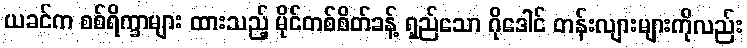
ယခင်က စစ်ရိက္ခာများ ထားသည့် မိုင်တစ်စိတ်ခန့် ရှည်သော ဂိုဒေါင် တန်းလျားများကိုလည်း